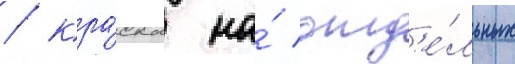
/ кра́ска на́ отд'е́льных